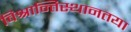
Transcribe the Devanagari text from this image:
विश्रान्तिस्थानतया